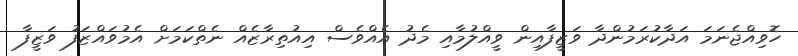
ހޮވިއްޖެނަމަ އަދާކުރަމުންދާ ވަޒީފާއިން ވީއްލުމާއި މެދު އެއްވެސް އިއުތިރާޒެއް ނެތްކަމަށް އެމުވައްޒަފު ވަޒީފާ